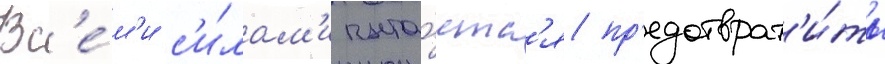
Вс'е́м'и с'и́лам'и пыта́етс'я пр'едотврат'и́ть